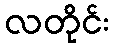
လတိုင်း